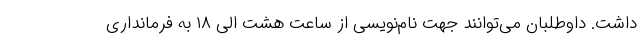
داشت. داوطلبان می‌توانند جهت نام‌نویسی از ساعت هشت الی ۱۸ به فرمانداری